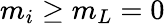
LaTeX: m_{i}\ge m_{L}=0